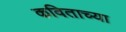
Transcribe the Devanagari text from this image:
कविताच्या